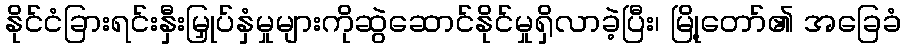
နိုင်ငံခြားရင်းနှီးမြှုပ်နှံမှုများကိုဆွဲဆောင်နိုင်မှုရှိလာခဲ့ပြီး၊ မြို့တော်၏ အခြေခံ